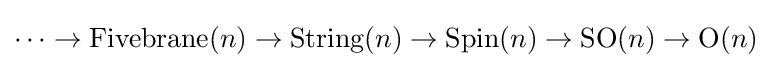
\cdots \rightarrow \operatorname {Fivebrane} (n)\rightarrow \operatorname {String} (n)\rightarrow \operatorname {Spin} (n)\rightarrow \operatorname {SO} (n)\rightarrow \operatorname {O} (n)